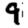
Digit: 9